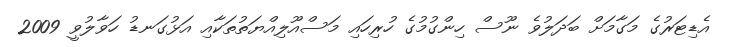
އެޑިޓަރުގެ މަގާމަށް ބަދަލުވެ ނޫސް ހިންގުމުގެ ހުރިހައި މަސްއޫލިއްޔަތުތަކާއި އަޅުގަނޑު ހަވާލުވީ 2009